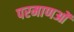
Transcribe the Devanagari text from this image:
परमाणओं